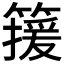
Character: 𬕯